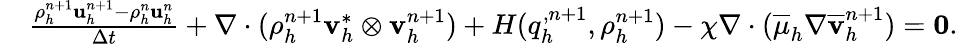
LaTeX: \begin{array}{rl}&{\frac{\rho_{h}^{n+1}\mathbf u_{h}^{n+1}-\rho_{h}^{n}\mathbf u_{h}^{n}}{\Delta t}+\nabla\cdot(\rho_{h}^{n+1}\mathbf v_{h}^{*}\otimes\mathbf v_{h}^{n+1})+H(q_{h}^{,n+1},\rho_{h}^{n+1})-\chi\nabla\cdot(\overline{{\mu}}_{h}\nabla\overline{{\mathbf v}}_{h}^{n+1})=\boldsymbol{0}.}\end{array}